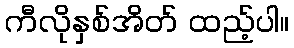
ကီလိုနှစ်အိတ် ထည့်ပါ။